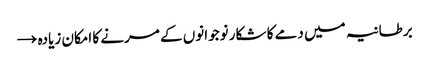
برطانیہ میں دمے کا شکار نوجوانوں کے مرنے کا امکان زیادہ →